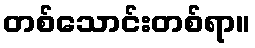
တစ်သောင်းတစ်ရာ။